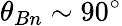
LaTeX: \theta_{Bn}\sim 90^{\circ}